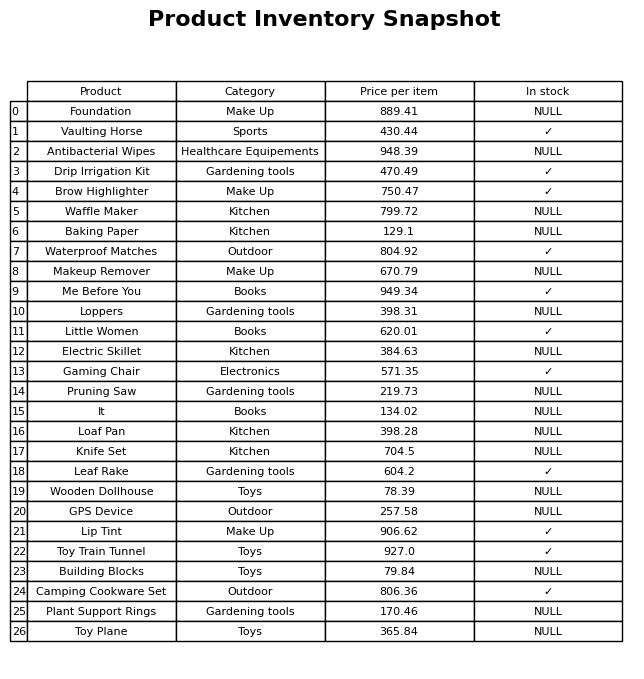
question: What is the price for Plant Support Rings?
answer: The price of Plant Support Rings is 170.46.